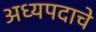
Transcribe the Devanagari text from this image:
अध्यपदाचे